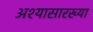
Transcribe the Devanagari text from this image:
अश्यासारख्या